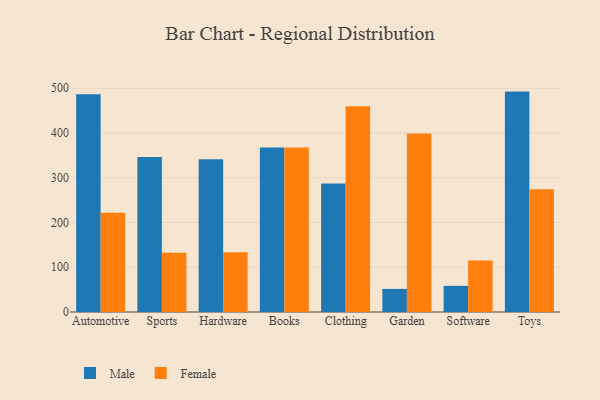
{"axis": {"x": "Category", "y": "Website Visitors"}, "legend": ["Female", "Male"], "data": [{"x": "Automotive", "y": 486.7, "type": "Male"}, {"x": "Automotive", "y": 222.0, "type": "Female"}, {"x": "Sports", "y": 346.3, "type": "Male"}, {"x": "Sports", "y": 132.2, "type": "Female"}, {"x": "Hardware", "y": 341.5, "type": "Male"}, {"x": "Hardware", "y": 133.6, "type": "Female"}, {"x": "Books", "y": 367.7, "type": "Male"}, {"x": "Books", "y": 367.6, "type": "Female"}, {"x": "Clothing", "y": 286.9, "type": "Male"}, {"x": "Clothing", "y": 459.6, "type": "Female"}, {"x": "Garden", "y": 51.6, "type": "Male"}, {"x": "Garden", "y": 398.9, "type": "Female"}, {"x": "Software", "y": 58.4, "type": "Male"}, {"x": "Software", "y": 115.0, "type": "Female"}, {"x": "Toys", "y": 492.5, "type": "Male"}, {"x": "Toys", "y": 274.1, "type": "Female"}]}